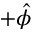
+ \hat { \phi }